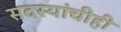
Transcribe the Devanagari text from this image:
सदस्यांचीही